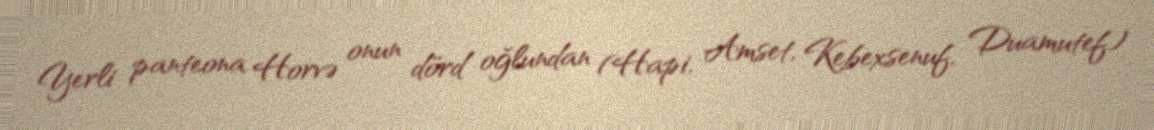
Yerli panteona Horvə onun dörd oğlundan (Hapi, Amset, Kebexsenuf, Duamutef)